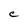
Character: C